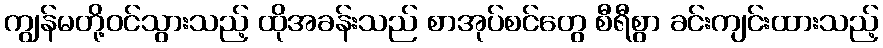
ကျွန်မတို့ဝင်သွားသည့် ထိုအခန်းသည် စာအုပ်စင်တွေ စီရီစွာ ခင်းကျင်းထားသည့်